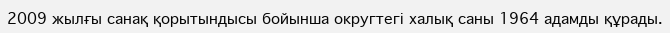
2009 жылғы санақ қорытындысы бойынша округтегі халық саны 1964 адамды құрады.